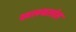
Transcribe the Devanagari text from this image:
खलबतांत